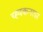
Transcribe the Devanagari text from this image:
च्ह्पकनाडा